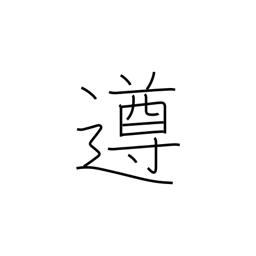
Meaning: abide by